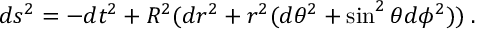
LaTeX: d s ^ { 2 } = - d t ^ { 2 } + R ^ { 2 } ( d r ^ { 2 } + r ^ { 2 } ( d \theta ^ { 2 } + \sin ^ { 2 } \theta d \phi ^ { 2 } ) ) \; .